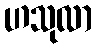
ဟသုလာ